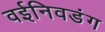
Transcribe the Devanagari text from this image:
वईनिवडंग